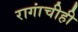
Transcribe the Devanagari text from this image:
रागांचीही